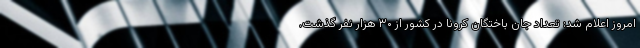
امروز اعلام شد: تعداد جان باختگان کرونا در کشور از ۳۰ هزار نفر گذشت.